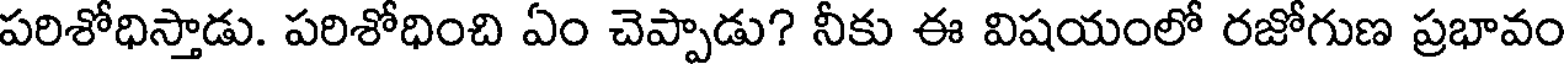
పరిశోధిస్తాడు. పరిశోధించి ఏం చెప్పాడు? నీకు ఈ విషయంలో రజోగుణ ప్రభావం